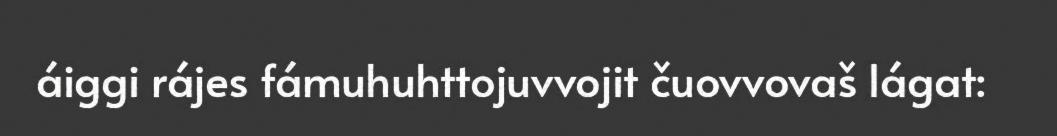
áiggi rájes fámuhuhttojuvvojit čuovvovaš lágat: